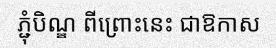
ភ្ជុំបិណ្ឌ ពីព្រោះនេះ ជាឱកាស